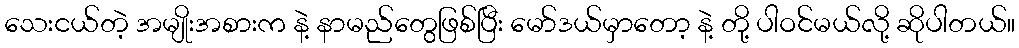
သေးငယ်တဲ့ အမျိုးအစားက နဲ့ နာမည်တွေဖြစ်ပြီး မော်ဒယ်မှာတော့ နဲ့ တို့ ပါဝင်မယ်လို့ ဆိုပါတယ်။